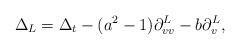
LaTeX: \begin{align*} \Delta_L=\Delta_t-(a^2-1)\partial_{vv}^L-b\partial_{v}^L,\end{align*}